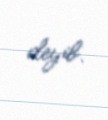
deyib.